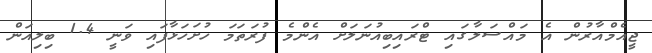
ޖީއެމްއާރުން އެ މައްސަލާގައި ޓްރައިބިއުނަލަށް އެންމެ ފުރަތަމަ ހުށަހަޅާފައި ވަނީ 1.4 ބިލިއަން